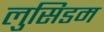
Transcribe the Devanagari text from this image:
लुसिडम